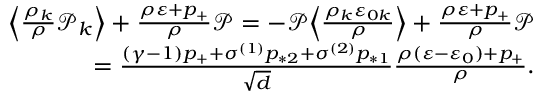
\begin{array} { r } { \Big \langle \frac { \rho _ { k } } { \rho } \mathcal { P } _ { k } \Big \rangle + \frac { \rho \varepsilon + p _ { + } } { \rho } \mathcal { P } = - \mathcal { P } \Big \langle \frac { \rho _ { k } \varepsilon _ { 0 k } } { \rho } \Big \rangle + \frac { \rho \varepsilon + p _ { + } } { \rho } \mathcal { P } } \\ { = \frac { ( \gamma - 1 ) p _ { + } + \sigma ^ { ( 1 ) } p _ { * 2 } + \sigma ^ { ( 2 ) } p _ { * 1 } } { \sqrt { d } } \frac { \rho ( \varepsilon - \varepsilon _ { 0 } ) + p _ { + } } { \rho } . } \end{array}